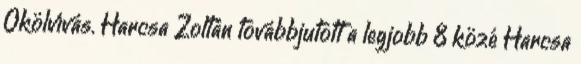
Ökölvívás. Harcsa Zoltán továbbjutott a legjobb 8 közé Harcsa